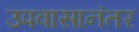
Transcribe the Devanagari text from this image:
उपवासानंतर